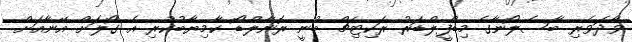
ވާދަވެރި ބާސެލޯނާގެ މިޑްފީލްޑަރު ރަކިޓިޗް ބުނީ ރޮނާލްޑޯ ކާމިޔާބުކުރި އެ ގޯލަށް އޭނާއަށް